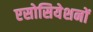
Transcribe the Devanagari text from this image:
एसोसियेशनों